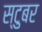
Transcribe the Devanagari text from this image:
स्टुबर